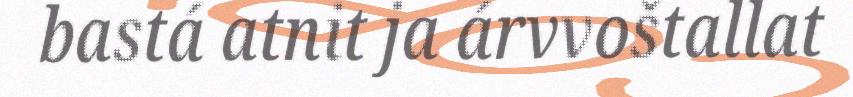
bastá atnit ja árvvoštallat